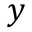
y